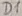
Text: D1